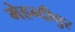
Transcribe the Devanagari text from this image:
मेहन्दीपुर